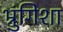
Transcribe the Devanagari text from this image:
भ्रुंगिशा